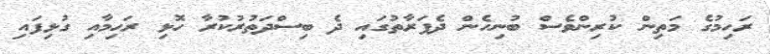
ރަހިމުގެ މަތިން ކުރިންވެސް ބުނިހެން ދެފަރާތުގައި ދެ ބިސްދަތުރުކުރާ ހޮޅި ރަހިމާއި ގުޅިފައި